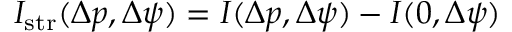
I _ { \mathrm { s t r } } ( \Delta p , \Delta \psi ) = I ( \Delta p , \Delta \psi ) - I ( 0 , \Delta \psi )